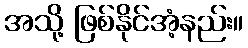
အသို့ ဖြစ်နိုင်အံ့နည်း။